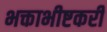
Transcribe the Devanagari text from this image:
भक्ताभीष्टकरी